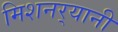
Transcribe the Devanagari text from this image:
मिशनर्‍यानी